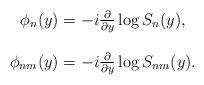
LaTeX: \begin{align*}\begin{array}{c}\phi _{n}(y)=-i\frac{\partial }{\partial y}\log S_{n}(y), \\ \\ \phi _{nm}(y)=-i\frac{\partial }{\partial y}\log S_{nm}(y).\end{array}\end{align*}